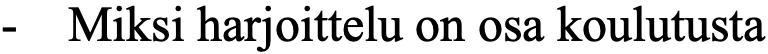
-  Miksi harjoittelu on osa koulutusta